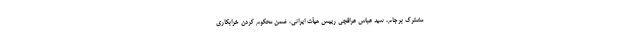
مشترک برجام، سید عباس عراقچی رییس هیأت ایرانی، ضمن محکوم کردن خرابکاری